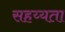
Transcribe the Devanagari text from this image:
सहय्यता